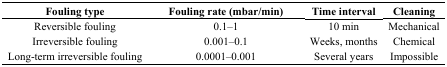
| Fouling type | Fouling rate (mbar/min) | Time interval | Cleaning |
 | --- | --- | --- | --- |
 | Reversible fouling | 0.1–1 | 10 min | Mechanical |
 | Irreversible fouling | 0.001–0.1 | Weeks, months | Chemical |
 | Long-term irreversible fouling | 0.0001–0.001 | Several years | Impossible |